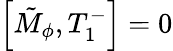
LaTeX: \left[\tilde{M}_{\phi},T_{1}^{-}\right]=0